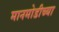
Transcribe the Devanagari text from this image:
मानमोडीच्या